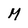
Character: M